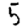
Digit: 5